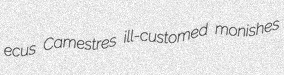
ecus Camestres ill-customed monishes